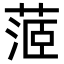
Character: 𦶜